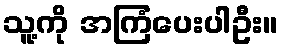
သူ့ကို အကြံပေးပါဦး။